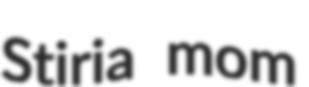
Stiria mom